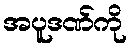
အပူဒဏ်ကို